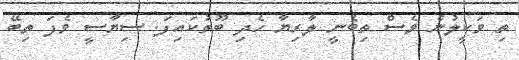
ތި ވަކީލުން ވެސް ތިބެނީ ލާރިޔާ ހެދި ބޫތުކައިފަ. ސިޔާސީ ވެފަ ތިބޭ